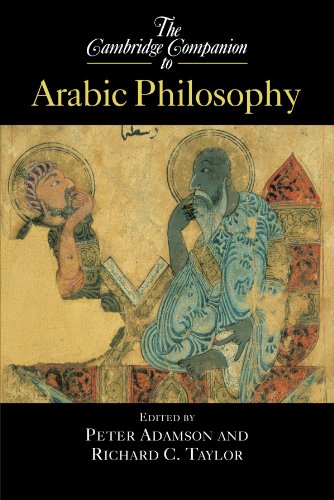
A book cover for The Cambridge Companion to Arabic Philosophy (Cambridge Companions to Philosophy); Politics & Social Sciences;